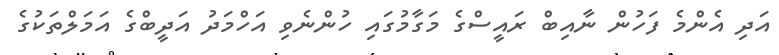
އަދި އެންމެ ފަހުން ނާއިބް ރައީސްގެ މަގާމުގައި ހުންނެވި އަހްމަދު އަދީބްގެ އަަމަލްތަކުގެ